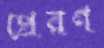
প্রেরণ